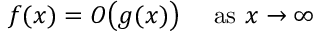
f ( x ) = O { \bigl ( } g ( x ) { \bigr ) } \quad { \mathrm { ~ a s ~ } } x \to \infty